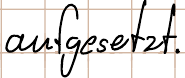
aufgesetzt.